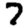
Digit: 7